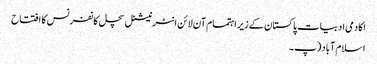
اکادمی ادبیات پاکستان کے زیر اہتمام آن لائن انٹرنیشنل سچل کانفرنس کا افتتاح
اسلام آباد (پ۔